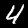
Label: 4